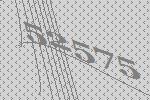
52575